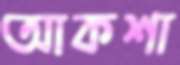
আকশা